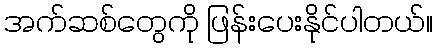
အက်ဆစ်တွေကို ဖြန်းပေးနိုင်ပါတယ်။